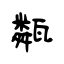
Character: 甐